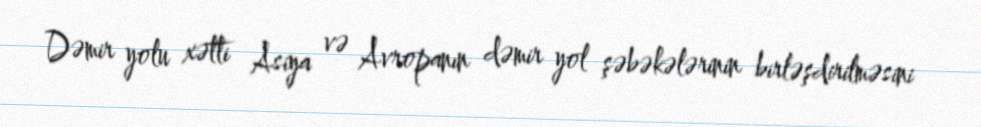
Dəmir yolu xətti Asiya və Avropanın dəmir yol şəbəkələrinin birləşdirilməsini